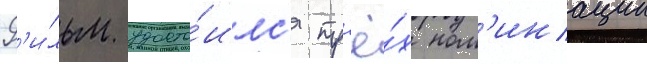
Ф'и́льм удосто́илс'я тр'ё́х ном'инации